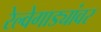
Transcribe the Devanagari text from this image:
रेल्वेगाड्यांवर